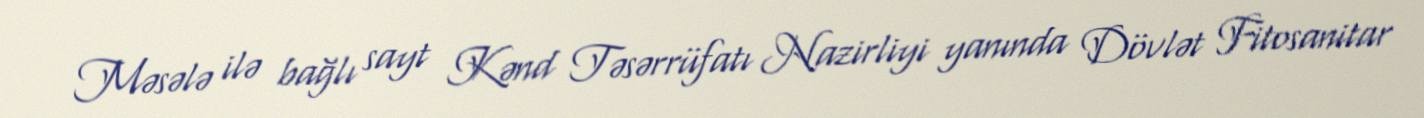
Məsələ ilə bağlı sayt Kənd Təsərrüfatı Nazirliyi yanında Dövlət Fitosanitar